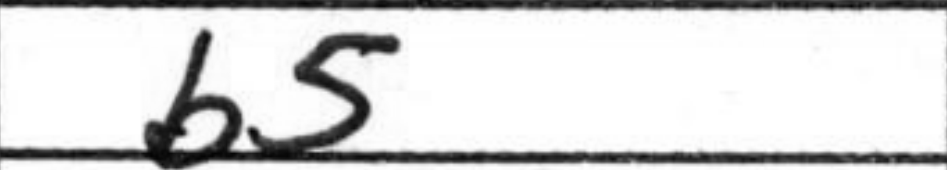
Transcription: b5